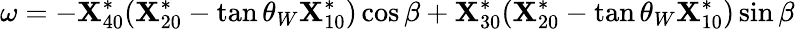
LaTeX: \omega=-\mathbf{X}_{40}^{*}(\mathbf{X}_{20}^{*}-\tan\theta_{W}\mathbf{X}_{10}^{*})\cos\beta+\mathbf{X}_{30}^{*}(\mathbf{X}_{20}^{*}-\tan\theta_{W}\mathbf{X}_{10}^{*})\sin\beta